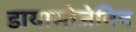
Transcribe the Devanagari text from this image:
डायासोजेनिन